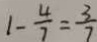
1 - \frac { 4 } { 7 } = \frac { 3 } { 7 }